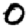
Digit: 0